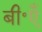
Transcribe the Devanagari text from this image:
बी॰एँ